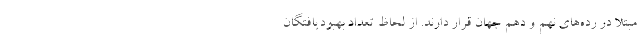
مبتلا در رده‌های نهم و دهم جهان قرار دارند. از لحاظ تعداد بهبودیافتگان